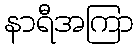
နာရီအကြာ